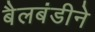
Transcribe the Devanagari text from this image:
बैलबंडीने